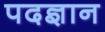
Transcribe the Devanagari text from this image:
पदज्ञान